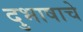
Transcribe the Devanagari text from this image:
दुभाषाचे